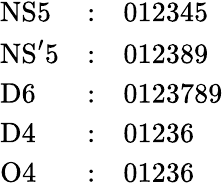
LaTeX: \begin{array}{lcl}{{\mathrm{NS5}}}&{{:}}&{{012345}}\\ {{\mathrm{NS^{\prime}5}}}&{{:}}&{{012389}}\\ {{\mathrm{D6}}}&{{:}}&{{0123789}}\\ {{\mathrm{D4}}}&{{:}}&{{01236}}\\ {{\mathrm{O4}}}&{{:}}&{{01236}}\end{array}